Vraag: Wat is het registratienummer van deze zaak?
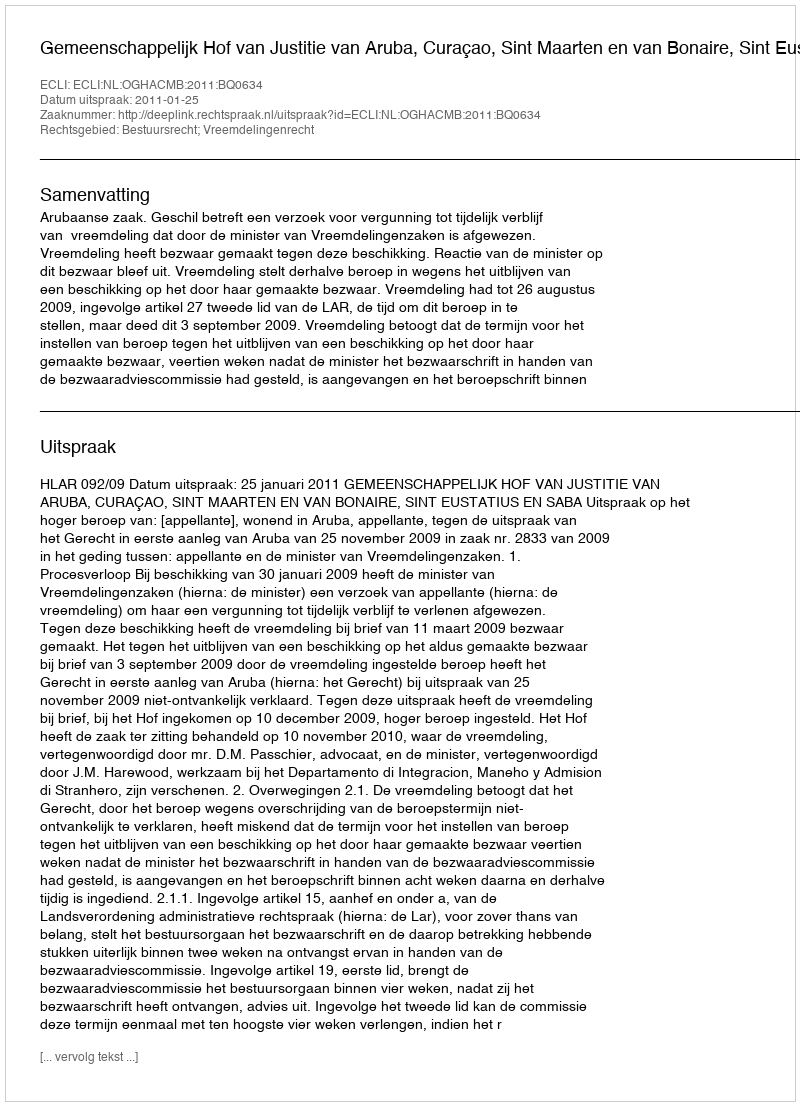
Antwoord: http://deeplink.rechtspraak.nl/uitspraak?id=ECLI:NL:OGHACMB:2011:BQ0634